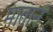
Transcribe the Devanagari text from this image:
मातानं